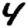
Digit: 4